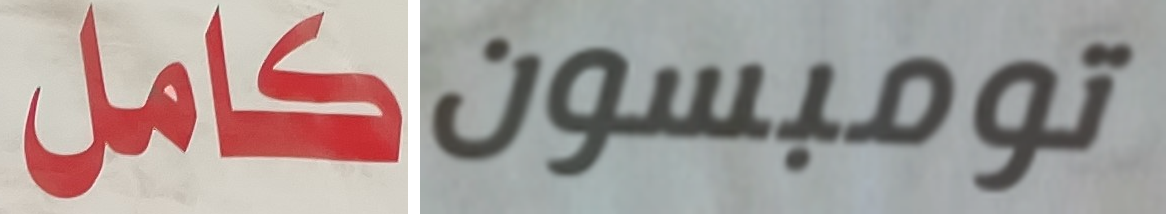
كامل تومبسون